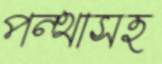
পন্থাসহ